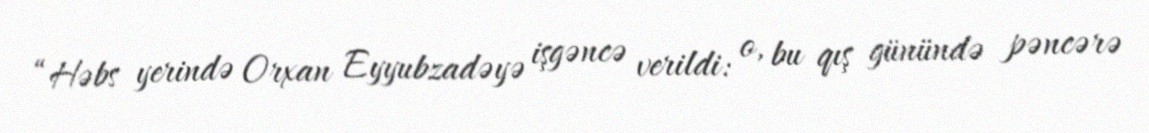
“Həbs yerində Orxan Eyyubzadəyə işgəncə verildi: o, bu qış günündə pəncərə